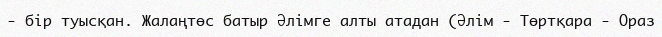
-	бір туысқан. Жалаңтөс батыр Әлімге алты атадан (Әлім - Төртқара - Ораз